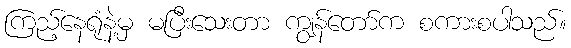
ကြည့်နေရုံနဲ့မှ မပြီးသေးတာ ကျွန်တော်က စကားစပါသည်။